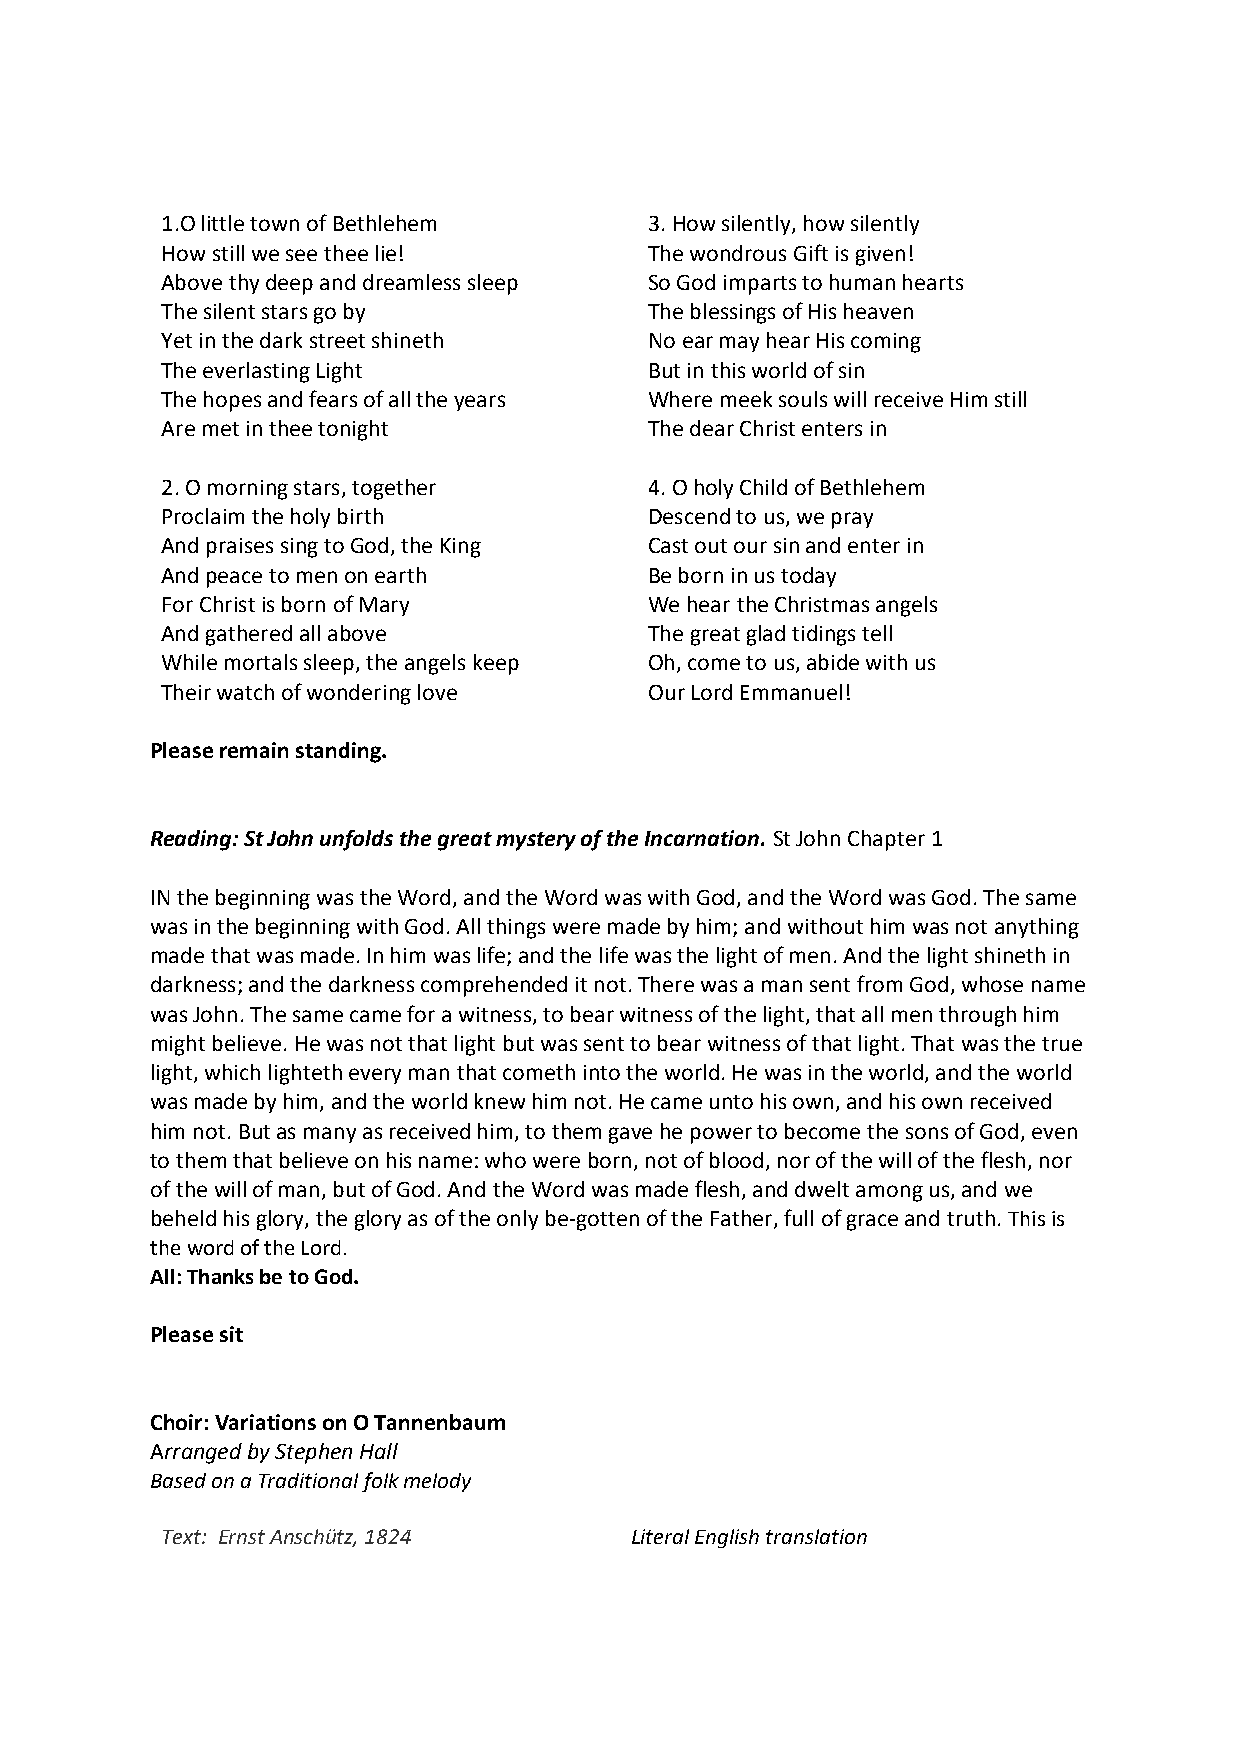
1.O little town of Bethlehem    3. How silently, how silently
 How still we see thee lie!      The wondrous Gift is given!
 Above thy deep and dreamless sleep So God imparts to human hearts
 The silent stars go by          The blessings of His heaven
 Yet in the dark street shineth  No ear may hear His coming
 The everlasting Light           But in this world of sin
 The hopes and fears of all the years Where meek souls will receive Him still
 Are met in thee tonight         The dear Christ enters in
 2. O morning stars, together    4. O holy Child of Bethlehem
 Proclaim the holy birth         Descend to us, we pray
 And praises sing to God, the King Cast out our sin and enter in
 And peace to men on earth       Be born in us today
 For Christ is born of Mary      We hear the Christmas angels
 And gathered all above          The great glad tidings tell
 While mortals sleep, the angels keep Oh, come to us, abide with us
 Their watch of wondering love   Our Lord Emmanuel!
 Please remain standing.
 Reading: St John unfolds the great mystery of the Incarnation. St John Chapter 1
 IN the beginning was the Word, and the Word was with God, and the Word was God. The same
 was in the beginning with God. All things were made by him; and without him was not anything
 made that was made. In him was life; and the life was the light of men. And the light shineth in
 darkness; and the darkness comprehended it not. There was a man sent from God, whose name
 was John. The same came for a witness, to bear witness of the light, that all men through him
 might believe. He was not that light but was sent to bear witness of that light. That was the true
 light, which lighteth every man that cometh into the world. He was in the world, and the world
 was made by him, and the world knew him not. He came unto his own, and his own received
 him not. But as many as received him, to them gave he power to become the sons of God, even
 to them that believe on his name: who were born, not of blood, nor of the will of the flesh, nor
 of the will of man, but of God. And the Word was made flesh, and dwelt among us, and we
 beheld his glory, the glory as of the only be-gotten of the Father, full of grace and truth. This is
 the word of the Lord.
 All: Thanks be to God.
 Please sit
 Choir: Variations on O Tannenbaum
 Arranged by Stephen Hall
 Based on a Traditional folk melody
 Text: Ernst Anschütz, 1824     Literal English translation